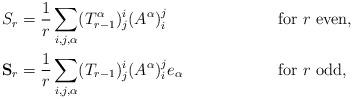
LaTeX: \begin{align*}S_r &=\frac{1}{r}\sum_{i,j,\alpha}(T_{r-1}^{\alpha})^i_j(A^{\alpha})^j_i && \textrm{for $r$ even},\\{\bf S}_r &=\frac{1}{r}\sum_{i,j,\alpha}(T_{r-1})^i_j(A^{\alpha})^j_ie_{\alpha} && \textrm{for $r$ odd},\end{align*}